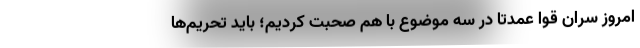
امروز سران قوا عمدتاً در سه موضوع با هم صحبت کردیم؛ باید تحریم‌ها